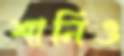
শানিও